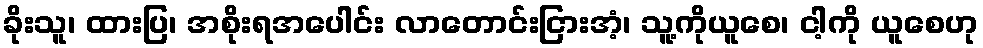
ခိုးသူ၊ ထားပြ၊ အစိုးရအပေါင်း လာတောင်းငြားအံ့၊ သူ့ကိုယူစေ၊ ငါ့ကို ယူစေဟု